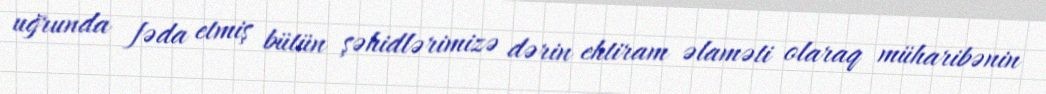
uğrunda fəda etmiş bütün şəhidlərimizə dərin ehtiram əlaməti olaraq müharibənin